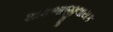
શાકભાજીલાયક